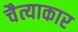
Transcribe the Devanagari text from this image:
चैत्याकार